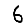
Digit: 6